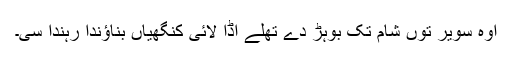
اوہ سویر توں شام تک بوہڑ دے تھلے اڈا لائی کنگھیاں بناؤندا رہندا سی۔